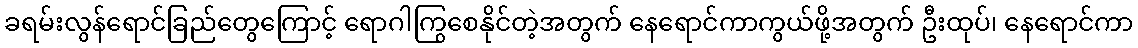
ခရမ်းလွန်ရောင်ခြည်တွေကြောင့် ရောဂါကြွစေနိုင်တဲ့အတွက် နေရောင်ကာကွယ်ဖို့အတွက် ဦးထုပ်၊ နေရောင်ကာ